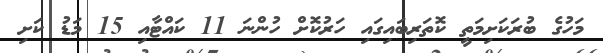
މަހުގެ ބުރަކަށިމަތީ ކޮތަރިބައިގައި ހަރުކޮށް ހުންނަ 11 ކައްޓާއި 15 މަޑު ކަށި